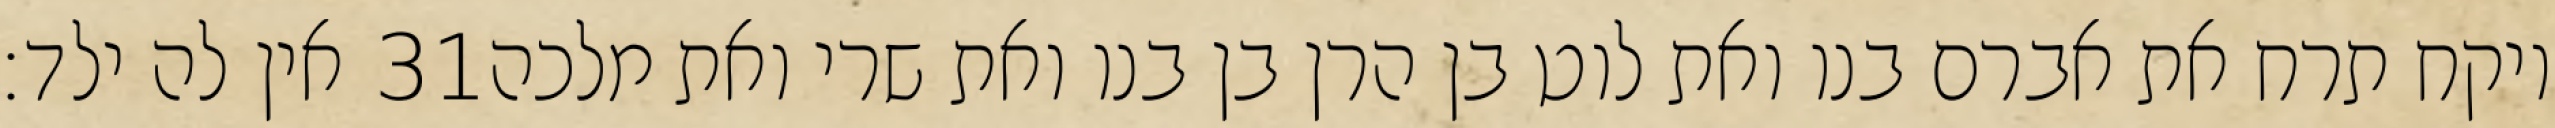
אין לה ילד׃ ‎31‏ ויקח תרח את אברם בנו ואת לוט בן הרן בן בנו ואת שרי ואת מלכה